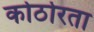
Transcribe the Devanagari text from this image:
कोठोरता